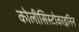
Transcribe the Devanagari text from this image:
कोलीसिस्टोकाइनिन